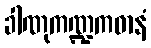
ခါဏုကဏ္ဍကဓာနံ